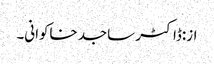
از:ڈاکٹر ساجد خاکوانی۔